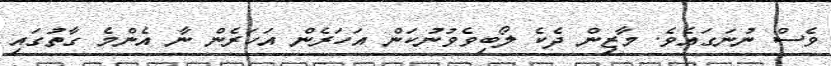
ވެސް ނުނަގައެވެ. މާޒިން ދެކެ ލޯބިވެވުނުކަން އަހަރެން އަހަރެން ނާ އެންމެ ގާތުގައި